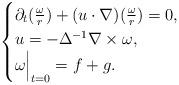
LaTeX: \begin{align*} \begin{cases}\partial_t (\frac{\omega} r) + (u\cdot \nabla) ( \frac{\omega} r) =0,\\u = - \Delta^{-1} \nabla \times \omega,\\\omega\Bigr|_{t=0} =f +g.\end{cases}\end{align*}